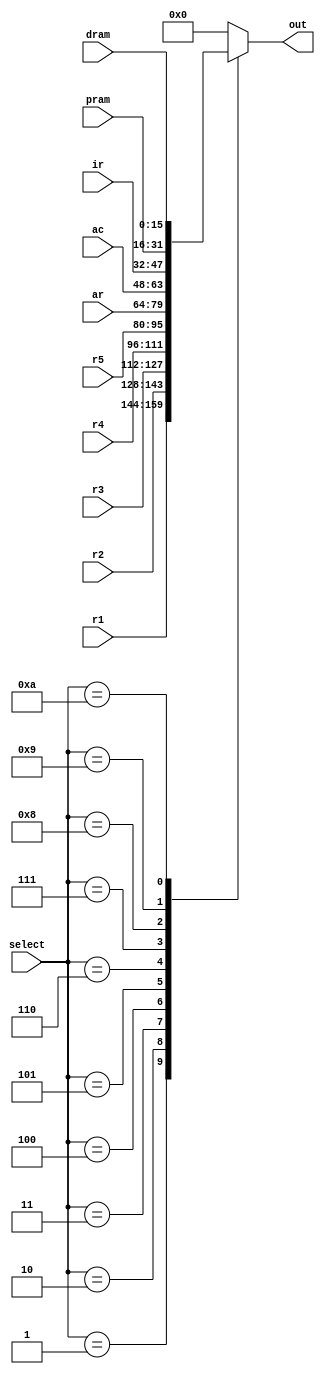
module Mux(
	input wire [3:0] select,
	input wire [15:0] r1,r2,r3,r4,r5,ar,pram,dram,ac,ir,
	output wire [15:0] out
	);
	
	localparam R1   = 4'd1,
				  R2   = 4'd2,
				  R3   = 4'd3,
				  R4   = 4'd4,
				  R5   = 4'd5,
				  AR   = 4'd6,
				  AC   = 4'd7,
				  IR   = 4'd8,
				  Pram = 4'd9,
				  Dram = 4'd10;
				  
				  
	reg [15:0] data;
	assign out = data;
	
	always @(select or r1 or r2 or r3 or r5 or ar or pram or dram or ac or ir)begin
		case(select)
			R1 : data = r1;
			R2 : data = r2;
			R3 : data = r3;
			R4 : data = r4;
			R5 : data = r5;
			AR : data = ar;
			AC : data = ac;
			IR : data = ir;
			Pram : data = pram;
			Dram : data = dram;
			default : data = 0;
		endcase
		end
				  
endmodule